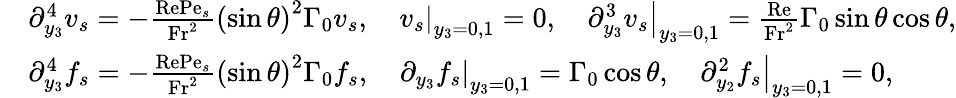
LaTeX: \begin{array}{rl}&{\partial_{y_{3}}^{4}v_{s}=-\frac{\mathrm{Re}\mathrm{Pe}_{s}}{\mathrm{Fr}^{2}}\left(\sin\theta\right)^{2}\Gamma_{0}v_{s},\quad\left.v_{s}\right|_{y_{3}=0,1}=0,\quad\left.\partial_{y_{3}}^{3}v_{s}\right|_{y_{3}=0,1}=\frac{\mathrm{Re}}{\mathrm{Fr}^{2}}\Gamma_{0}\sin\theta\cos\theta,}\\ &{\partial_{y_{3}}^{4}f_{s}=-\frac{\mathrm{Re}\mathrm{Pe}_{s}}{\mathrm{Fr}^{2}}\left(\sin\theta\right)^{2}\Gamma_{0}f_{s},\quad\left.\partial_{y_{3}}f_{s}\right|_{y_{3}=0,1}=\Gamma_{0}\cos\theta,\quad\left.\partial_{y_{2}}^{2}f_{s}\right|_{y_{3}=0,1}=0,}\end{array}